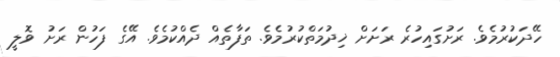
ހޭދަކުރުމެވެ. ރަށުގައިހުރެ ރަށަށް ޚިދުމަތްކުރުމެވެ. ތަފާތެއް ދެއްކުމެވެ. އޭގެ ފަހުން ރަށު ވޮލީ